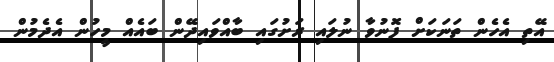
އޭތި އެހެން ތަނަކަށް ފޮނުވާ ނުލައި ރަށުގައި ބާއްވައިދޭން ބައެއް މީހުން އެދެމުން